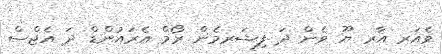
ވެއަރ އާރ ޔޫ ވެން ދަ ފިޝަރމެން ރޯމް އެރައުންޑް ދަ އެޖްސް